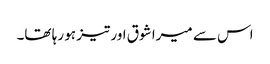
اس سے میرا شوق اور تیز ہو رہا تھا۔